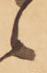
得